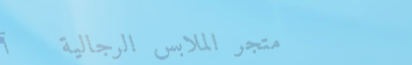
متجر الملابس الرجالية   أ